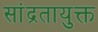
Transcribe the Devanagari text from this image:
सांद्रतायुक्त